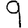
Digit: 9